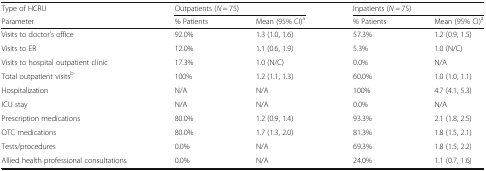
<table><thead><tr><td><b>Type of HCRU</b></td><td colspan="2"><b>Outpatients (<i>N</i> = 75)</b></td><td colspan="2"><b>Inpatients (<i>N</i> = 75)</b></td></tr><tr><td><b>Parameter</b></td><td><b>% Patients</b></td><td><b>Mean (95% CI)<sup>a</sup></b></td><td><b>% Patients</b></td><td><b>Mean (95% CI)<sup>a</sup></b></td></tr></thead><tbody><tr><td>Visits to doctor’s office</td><td>92.0%</td><td>1.3 (1.0, 1.6)</td><td>57.3%</td><td>1.2 (0.9, 1.5)</td></tr><tr><td>Visits to ER</td><td>12.0%</td><td>1.1 (0.6, 1.9)</td><td>5.3%</td><td>1.0 (N/C)</td></tr><tr><td>Visits to hospital outpatient clinic</td><td>17.3%</td><td>1.0 (N/C)</td><td>0.0%</td><td>N/A</td></tr><tr><td>Total outpatient visits<sup>b</sup></td><td>100%</td><td>1.2 (1.1, 1.3)</td><td>60.0%</td><td>1.0 (1.0, 1.1)</td></tr><tr><td>Hospitalization</td><td>N/A</td><td>N/A</td><td>100%</td><td>4.7 (4.1, 5.3)</td></tr><tr><td>ICU stay</td><td>N/A</td><td>N/A</td><td>0.0%</td><td>N/A</td></tr><tr><td>Prescription medications</td><td>80.0%</td><td>1.2 (0.9, 1.4)</td><td>93.3%</td><td>2.1 (1.8, 2.5)</td></tr><tr><td>OTC medications</td><td>80.0%</td><td>1.7 (1.3, 2.0)</td><td>81.3%</td><td>1.8 (1.5, 2.1)</td></tr><tr><td>Tests/procedures</td><td>0.0%</td><td>N/A</td><td>69.3%</td><td>1.8 (1.5, 2.2)</td></tr><tr><td>Allied health professional consultations</td><td>0.0%</td><td>N/A</td><td>24.0%</td><td>1.1 (0.7, 1.6)</td></tr></tbody></table>